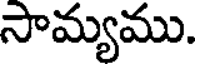
సామ్యము.